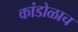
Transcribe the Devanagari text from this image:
कांडोळाच